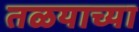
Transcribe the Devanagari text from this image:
तळयाच्या